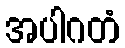
အပါဂတံ